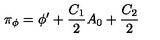
\pi _ { \phi } = \phi ^ { \prime } + { \frac { C _ { 1 } } { 2 } } A _ { 0 } + { \frac { C _ { 2 } } { 2 } }